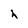
Character: h